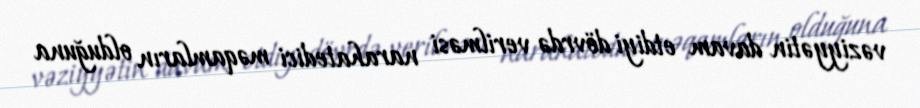
vəziyyətin davam etdiyi dövrdə verilməsi narahatedici məqamların olduğuna